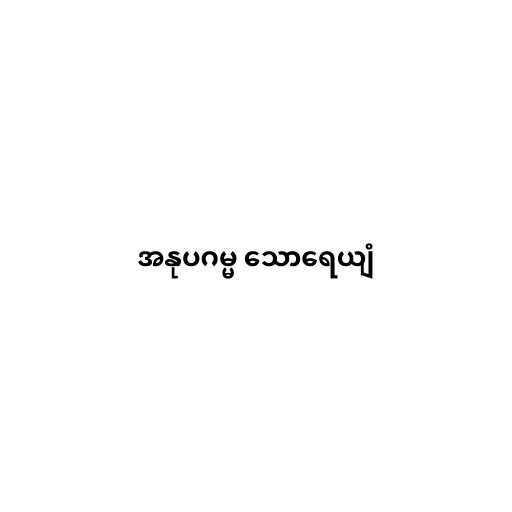
အနုပဂမ္မ သောရေယျံ